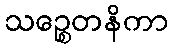
သဉ္စေတနိကာ